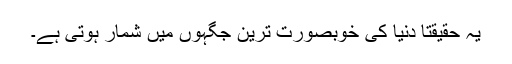
یہ حقیقتاً دنیا کی خوبصورت ترین جگہوں میں شمار ہوتی ہے۔